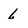
Character: 6